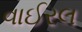
વાઈરલ